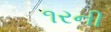
૧રની